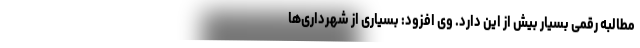
مطالبه رقمی بسیار بیش از این دارد. وی افزود: بسیاری از شهرداری‌ها